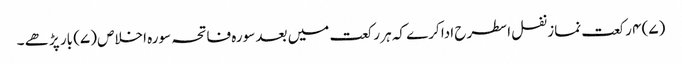
(۷) ۴ رکعت نماز نفل اسطرح ادا کرے کہ ہر رکعت میں بعد سورہ فاتحہ سورہ اخلاص (۷) بار پڑھے ۔